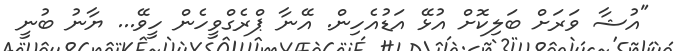
"އުޝާ ވަރަށް ބަލިކޮށް އުޅޭ އަޑުއެހިން. އޭނާ ޕްރެގްވީހެން ހީވޭ... ޔާނު ބުނީ